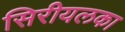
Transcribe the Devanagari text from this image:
सिरीयलका